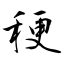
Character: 稉